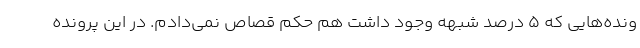
ونده‌هایی که ۵ درصد شبهه وجود داشت هم حکم قصاص نمی‌دادم. در این پرونده